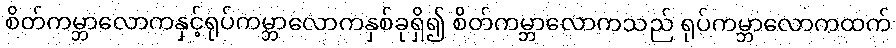
စိတ်ကမ္ဘာလောကနှင့်ရုပ်ကမ္ဘာလောကနှစ်ခုရှိ၍ စိတ်ကမ္ဘာလောကသည် ရုပ်ကမ္ဘာလောကထက်